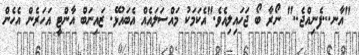
"އާނ...ފެނިއްޖެ.." ނޯރާ ބޯ ޖަހައިލިއެވެ."އެކަމަކު މައްސަލައެއް އެބައުޅޭ. ޒައިނަބް އާންޓީ އަހަރެން އެހެން